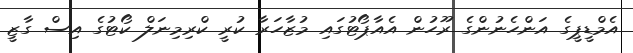
އެމްޑީޕީގެ އަންހެނުންގެ ރޫހުން އެއާޕޯޓުގައި މުޒާހަރާ ކުރީ ކްރިމިނަލް ކޯޓުގެ އިސް ގާޒީ